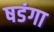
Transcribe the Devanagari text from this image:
षडंगा